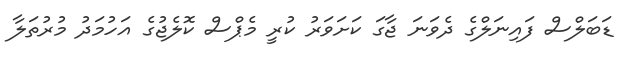
ޑަބަލްސް ފައިނަލްގެ ދެވަނަ ޖާގަ ކަށަވަރު ކުރީ މެޕްސް ކޮލެޖުގެ އަހުމަދު މުރުތަލާ